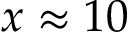
x \approx 1 0